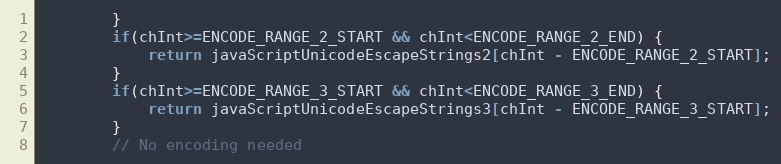
Language: Java
		}
		if(chInt>=ENCODE_RANGE_2_START && chInt<ENCODE_RANGE_2_END) {
			return javaScriptUnicodeEscapeStrings2[chInt - ENCODE_RANGE_2_START];
		}
		if(chInt>=ENCODE_RANGE_3_START && chInt<ENCODE_RANGE_3_END) {
			return javaScriptUnicodeEscapeStrings3[chInt - ENCODE_RANGE_3_START];
		}
		// No encoding needed